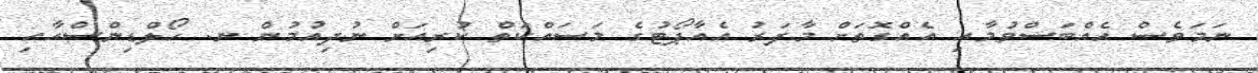
ނަމަވެސް އެއްބަސްވުމާއި އެއްގޮތަށް މާފަރު އެއާޕޯޓުގެ މަސައްކަތް ކުރިއަށް ނުދިއުމުން ނ. ހޯލްޑިންސްއާއި